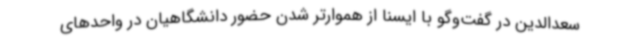
سعدالدین در گفت‌وگو با ایسنا از هموارتر شدن حضور دانشگاهیان در واحدهای